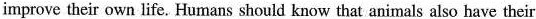
improve their own life.Humans should know that animals also have their